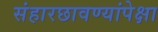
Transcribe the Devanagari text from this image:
संहारछावण्यांपेक्षा